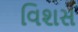
વિશસ